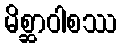
မိစ္ဆာဝါစဿ